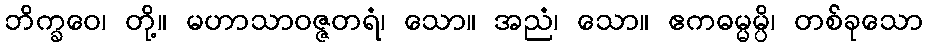
ဘိက္ခဝေ၊ တို့။ မဟာသာဝဇ္ဇတရံ၊ သော။ အညံ၊ သော။ ဧကဓမ္မမ္ပိ၊ တစ်ခုသော